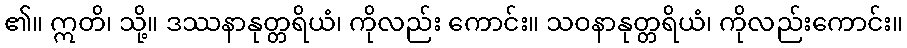
၏။ ဣတိ၊ သို့။ ဒဿနာနုတ္တရိယံ၊ ကိုလည်း ကောင်း။ သဝနာနုတ္တရိယံ၊ ကိုလည်းကောင်း။